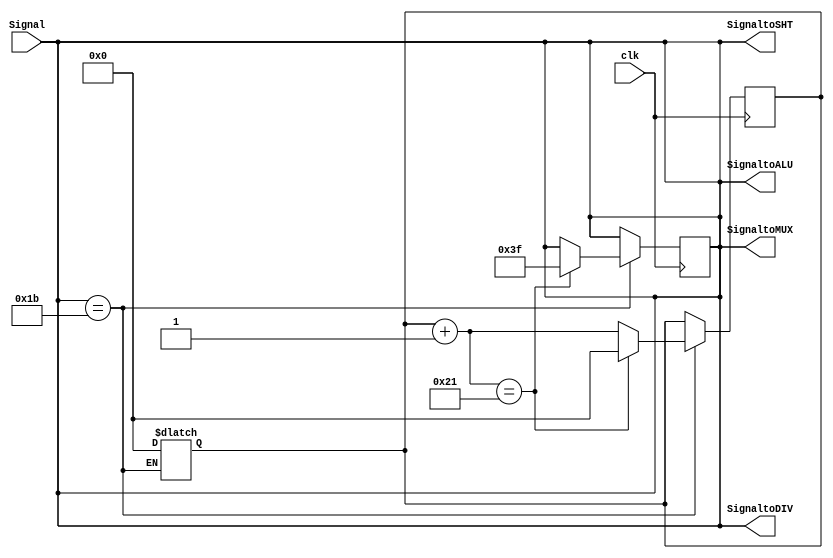
`timescale 1ns/1ns
module ALUControl( clk, Signal, SignaltoALU, SignaltoSHT, SignaltoDIV, SignaltoMUX );

    input clk ;
    input [5:0] Signal ;
    output [5:0] SignaltoALU ;
    output [5:0] SignaltoSHT ;
    output [5:0] SignaltoDIV ;
    output [5:0] SignaltoMUX ;

    reg [5:0] temp;
    reg [6:0] counter;

    parameter AND = 6'b100100;
    parameter OR  = 6'b100101;
    parameter ADD = 6'b100000;
    parameter SUB = 6'b100010;
    parameter SLT = 6'b101010;

    parameter SLL = 6'b000000;

    parameter DIVU= 6'b011011;
    parameter MFHI= 6'b010000;
    parameter MFLO= 6'b010010;
    parameter OUT = 6'b111111;

    always@( Signal ) begin
        temp = Signal;
        if ( Signal == DIVU )
            counter = 0 ;
    end

    always@( posedge clk ) begin
        if ( Signal == DIVU ) begin
            counter = counter + 1 ;
            if ( counter == 33 ) begin
                temp = OUT ; // Open HiLo reg for Div
                counter = 0 ;
            end
        end
    end

    assign SignaltoALU = temp ;
    assign SignaltoSHT = temp ;
    assign SignaltoDIV = temp ;
    assign SignaltoMUX = temp ;

endmodule